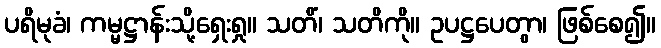
ပရိမုခံ၊ ကမ္မဋ္ဌာန်းသို့ရှေးရှု။ သတိံ၊ သတိကို။ ဥပဋ္ဌပေတွာ၊ ဖြစ်စေ၍။